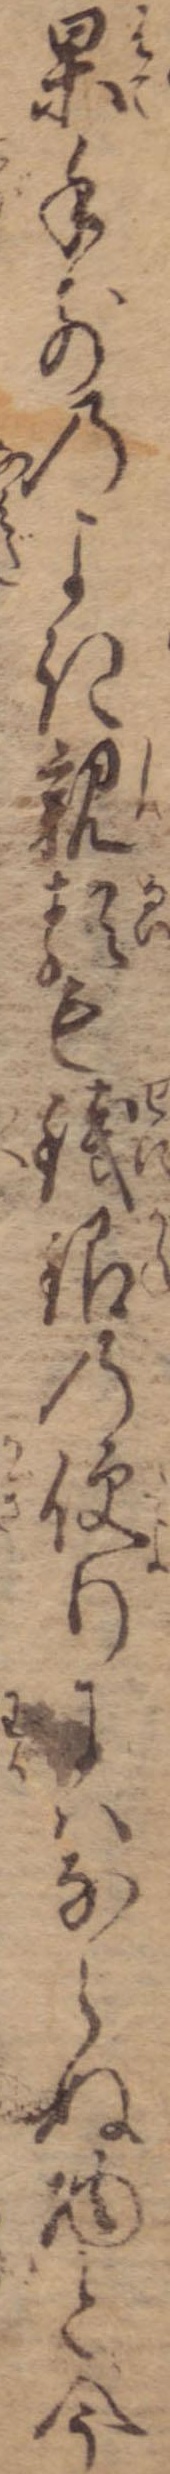
果手前のよき親類も銭銀の便りにはならぬ物と今